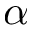
{ \alpha }